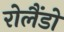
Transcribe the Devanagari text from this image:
रोलैंडो